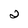
Character: 2